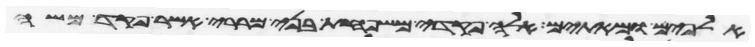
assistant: אלפים ומאתים אלה פקדי משפחת בני מררי אשר פקד משה